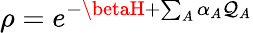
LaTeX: \rho=e^{-\betaH+\sum_{A}\alpha_{A}\mathcal{Q}_{A}}